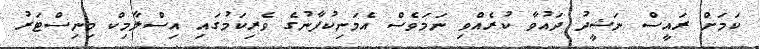
ކަމަށް ރައީސް ނަޝީދު ދައުވާ ކުރެއްވި ނަމަވެސް އެމަނިކުފާނުގެ ވެރިކަމުގައި އިސްލާމިކް މިނިސްޓަރު